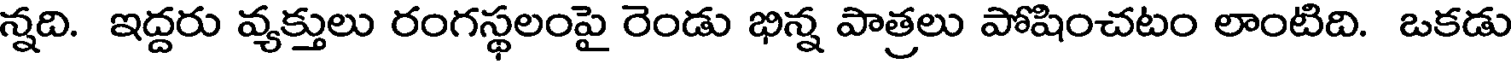
న్నది. ఇద్దరు వ్యక్తులు రంగస్థలంపై రెండు భిన్న పాత్రలు పోషించటం లాంటిది. ఒకడు